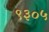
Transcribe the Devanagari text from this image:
९३०५